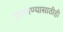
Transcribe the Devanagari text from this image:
उचलण्यासाठीही